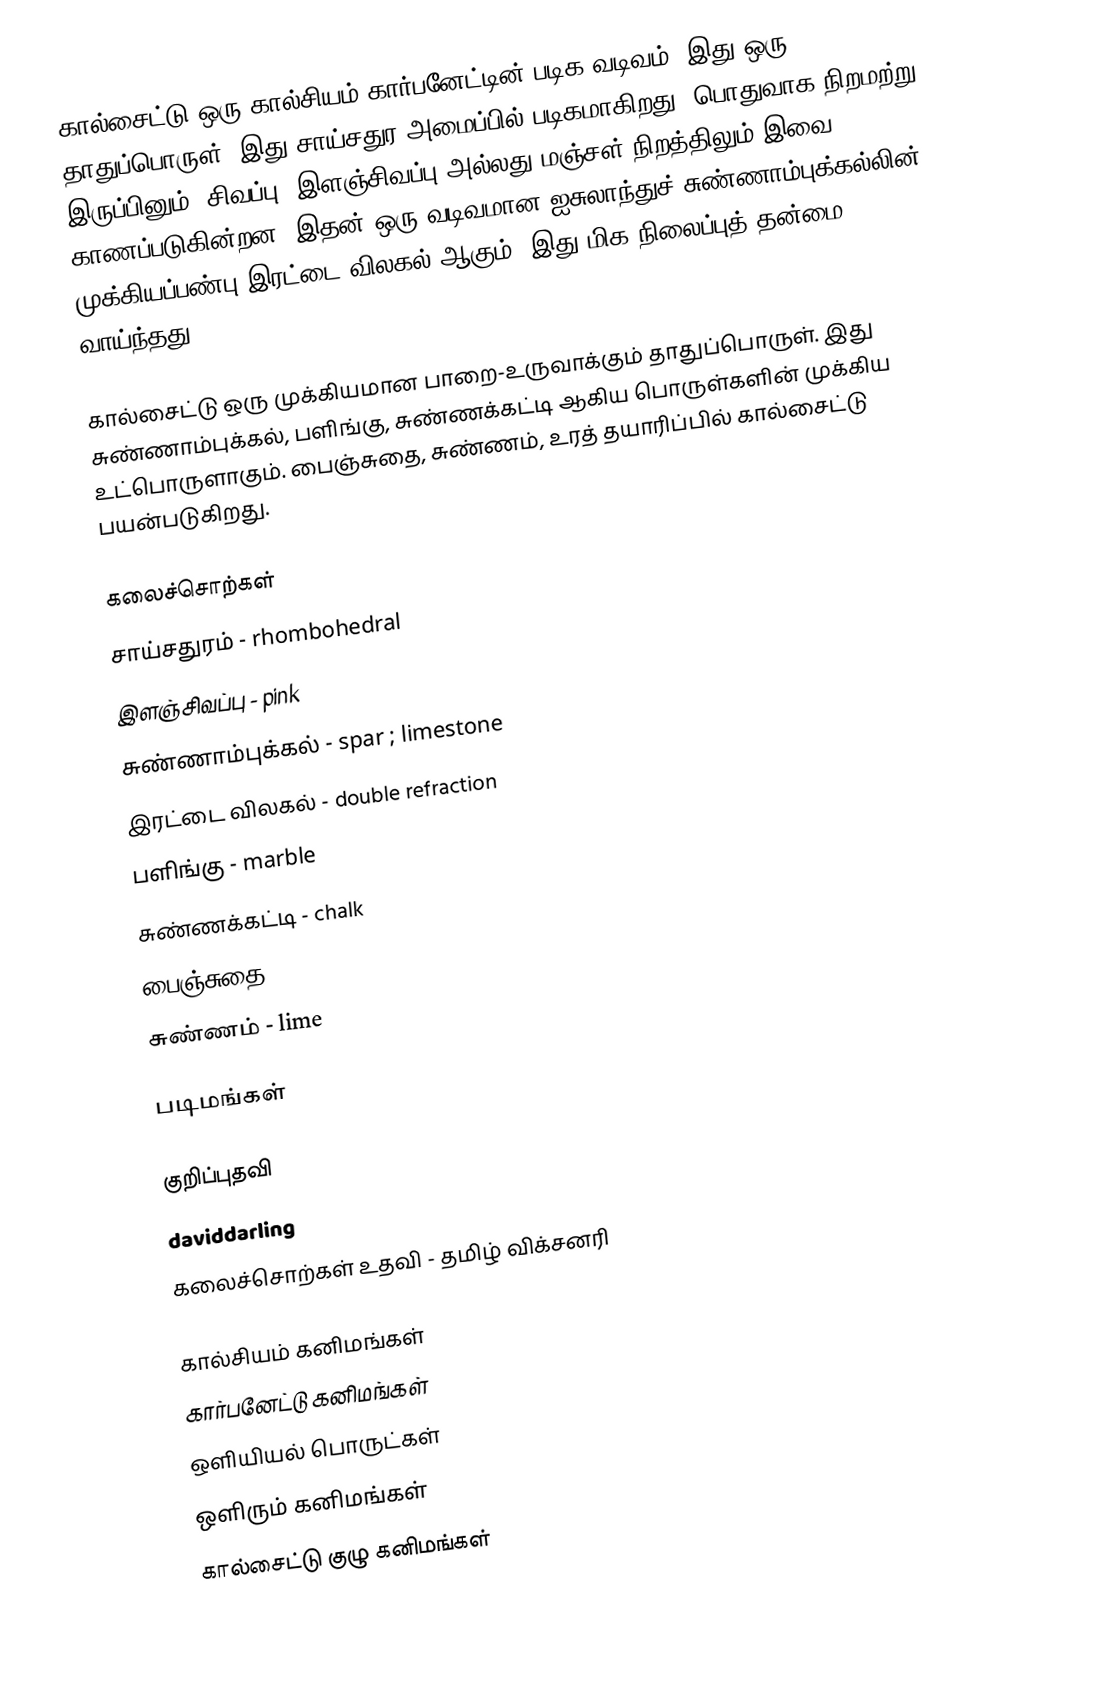
கால்சைட்டு ஒரு கால்சியம் கார்பனேட்டின் படிக வடிவம்; இது ஒரு தாதுப்பொருள். இது சாய்சதுர அமைப்பில் படிகமாகிறது; பொதுவாக நிறமற்று இருப்பினும், சிவப்பு, இளஞ்சிவப்பு அல்லது மஞ்சள் நிறத்திலும் இவை காணப்படுகின்றன. இதன் ஒரு வடிவமான ஐசுலாந்துச் சுண்ணாம்புக்கல்லின் முக்கியப்பண்பு இரட்டை விலகல் ஆகும். இது மிக நிலைப்புத் தன்மை வாய்ந்தது.

கால்சைட்டு ஒரு முக்கியமான பாறை-உருவாக்கும் தாதுப்பொருள். இது சுண்ணாம்புக்கல், பளிங்கு, சுண்ணக்கட்டி ஆகிய பொருள்களின் முக்கிய உட்பொருளாகும். பைஞ்சுதை, சுண்ணம், உரத் தயாரிப்பில் கால்சைட்டு பயன்படுகிறது.

கலைச்சொற்கள்
 சாய்சதுரம் - rhombohedral
 இளஞ்சிவப்பு - pink
 சுண்ணாம்புக்கல் - spar ; limestone
 இரட்டை விலகல் - double refraction
 பளிங்கு - marble
 சுண்ணக்கட்டி - chalk
 பைஞ்சுதை - cement
 சுண்ணம் - lime

படிமங்கள்

குறிப்புதவி
 daviddarling
 கலைச்சொற்கள் உதவி - தமிழ் விக்சனரி

கால்சியம் கனிமங்கள்
கார்பனேட்டு கனிமங்கள்
ஒளியியல் பொருட்கள்
ஒளிரும் கனிமங்கள்
கால்சைட்டு குழு கனிமங்கள்